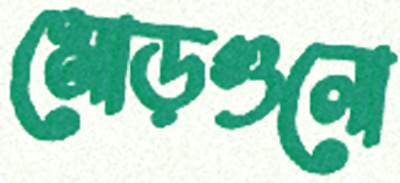
মোড়গুলো